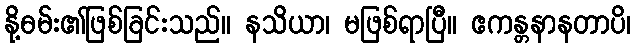
နို့ဓမ်း၏ဖြစ်ခြင်းသည်။ နသိယာ၊ မဖြစ်ရာပြီ။ ဧကန္တနာနတာပိ၊